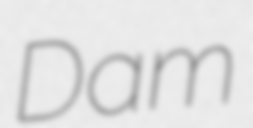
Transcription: Dam